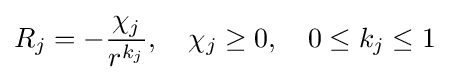
R_{j}=-{\frac {\chi _{j}}{r^{k_{j}}}},\quad \chi _{j}\geq 0,\quad 0\leq k_{j}\leq 1